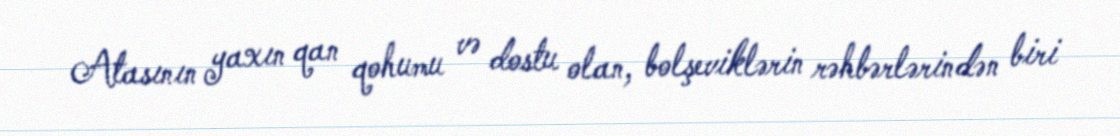
Atasının yaxın qan qohumu və dostu olan, bolşeviklərin rəhbərlərindən biri